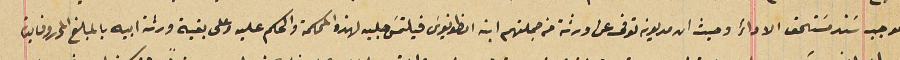
بموجب سَند مسَتحق الاداءَ وحيث ان مديونه توفى عن ورثة من جملتهم ابنه انطونيوسَ فيلتمسَ جلبه لهذه المحكمة والحكم عليه وعلى بقية ورثة ابيه بالمبلغ المحرر وفايدة